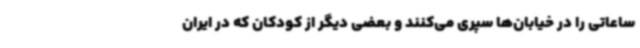
ساعاتی را در خیابان‌ها سپری می‌کنند و بعضی دیگر از کودکان که در ایران